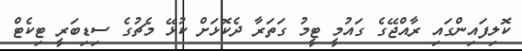
ކޮލިފައިންގައި ރާއްޖޭގެ ގައުމީ ޓީމު ގަތަރާ ދެކޮޅަށް ކުޅޭ މެޗުގެ ސިޑިބަރީ ޓިކެޓް